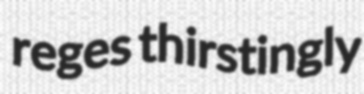
reges thirstingly